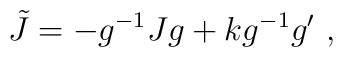
\tilde{J}=-g^{-1}Jg+kg^{-1}g^{\prime }\, \, ,